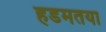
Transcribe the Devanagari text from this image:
हडमतया